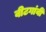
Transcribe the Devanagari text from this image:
वीटगांवीं